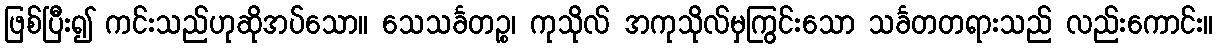
ဖြစ်ပြီး၍ ကင်းသည်ဟုဆိုအပ်သော။ သေသင်္ခတဉ္စ၊ ကုသိုလ် အကုသိုလ်မှကြွင်းသော သင်္ခတတရားသည် လည်းကောင်း။